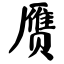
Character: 赝